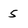
Character: 5